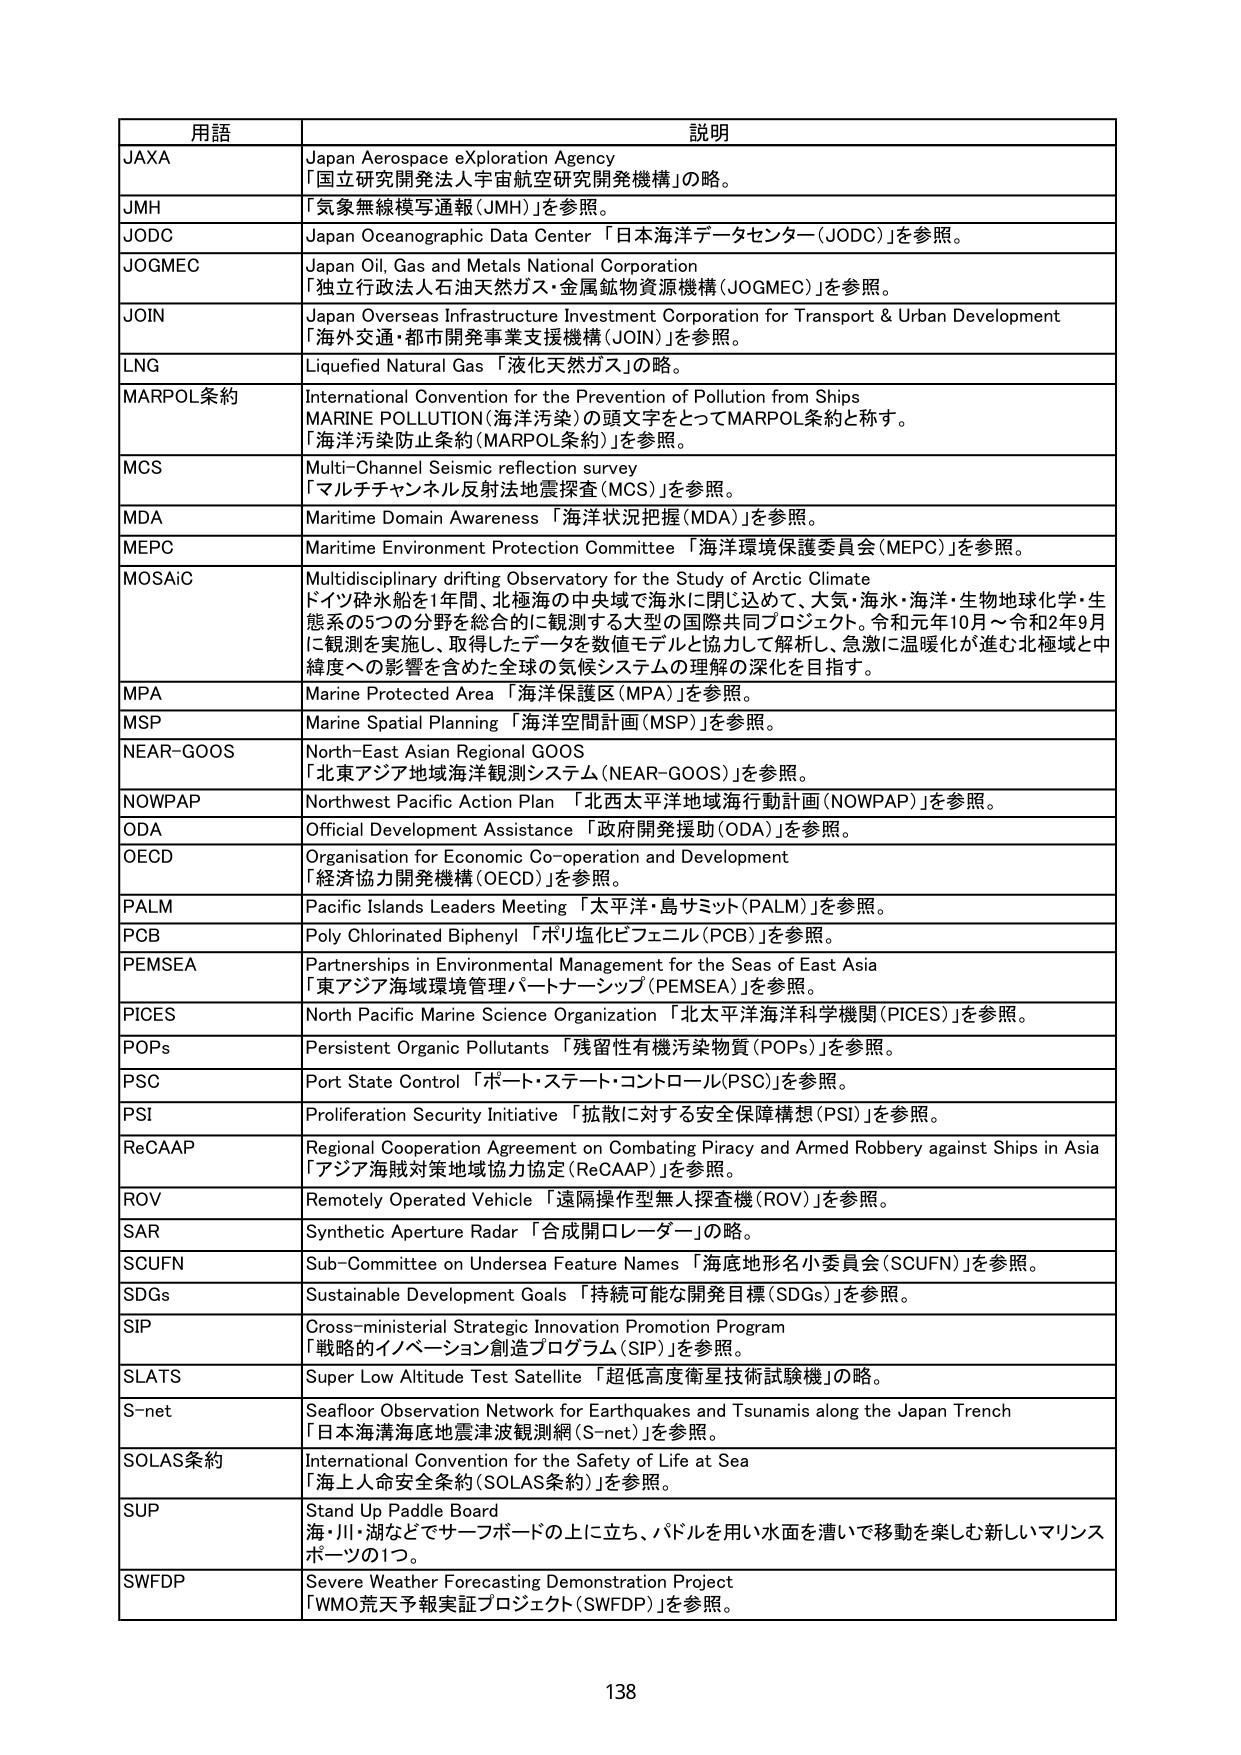
用語 説明
JAXA Japan Aerospace eXploration Agency 「国立研究開発法人宇宙航空研究開発機構」の略。
JMH 「気象無線模写通報（JMH）」を参照。
JODC Japan Oceanographic Data Center 「日本海洋データセンター（JODC）」を参照。
JOGMEC Japan Oil, Gas and Metals National Corporation 「独立行政法人石油天然ガス・金属鉱物資源機構（JOGMEC）」を参照。
JOIN Japan Overseas Infrastructure Investment Corporation for Transport & Urban Development 「海外交通・都市開発事業支援機構（JOIN）」を参照。
LNG Liquefied Natural Gas 「液化天然ガス」の略。
MARPOL条約 International Convention for the Prevention of Pollution from Ships MARINE POLLUTION（海洋汚染）の頭文字をとってMARPOL条約と称す。 「海洋汚染防止条約（MARPOL条約）」を参照。
MCS Multi-Channel Seismic reflection survey 「マルチチャンネル反射法地震探査（MCS）」を参照。
MDA Maritime Domain Awareness 「海洋状況把握（MDA）」を参照。
MEPC Maritime Environment Protection Committee 「海洋環境保護委員会（MEPC）」を参照。
MOSAiC Multidisciplinary drifting Observatory for the Study of Arctic Climate ドイツ砕氷船を1年間、北極海の中央域で海氷に閉じ込め、大気・海水・海洋・生物地球化学・生態系の5つの分野を総合的に観測する大型の国際共同プロジェクト。令和元年10月～令和2年9月に観測を実施し、取得したデータを数値モデルと協力して解析し、急激に温暖化が進む北極域と中緯度への影響を含めた全球の気候システムの理解の深化を目指す。
MPA Marine Protected Area 「海洋保護区（MPA）」を参照。
MSP Marine Spatial Planning 「海洋空間計画（MSP）」を参照。
NEAR-GOOS North-East Asian Regional GOOS 「北東アジア地域海洋観測システム（NEAR-GOOS）」を参照。
NOWPAP Northwest Pacific Action Plan 「北西太平洋地域海行動計画（NOWPAP）」を参照。
ODA Official Development Assistance 「政府開発援助（ODA）」を参照。
OECD Organisation for Economic Co-operation and Development 「経済協力開発機構（OECD）」を参照。
PALM Pacific Islands Leaders Meeting 「太平洋・島サミット（PALM）」を参照。
POB Poly Chlorinated Biphenyl 「ポリ塩化ビフェニル（POB）」を参照。
PEMSEA Partnerships in Environmental Management for the Seas of East Asia 「東アジア海域環境管理パートナーシップ（PEMSEA）」を参照。
PICES North Pacific Marine Science Organization 「北太平洋海洋科学機関（PICES）」を参照。
POPs Persistent Organic Pollutants 「残留性有機汚染物質（POPs）」を参照。
PSC Port State Control 「ポート・ステート・コントロール（PSC）」を参照。
PSI Proliferation Security Initiative 「拡散に対する安全保障構想（PSI）」を参照。
ReCAAP Regional Cooperation Agreement on Combating Piracy and Armed Robbery against Ships in Asia 「アジア海賊対策地域協力協定（ReCAAP）」を参照。
ROV Remotely Operated Vehicle 「遠隔操作型無人探査機（ROV）」を参照。
SAR Synthetic Aperture Radar 「合成開口レーダー」の略。
SCUFN Sub-Committee on Undersea Feature Names 「海底地形名小委員会（SCUFN）」を参照。
SDGs Sustainable Development Goals 「持続可能な開発目標（SDGs）」を参照。
SIP Cross-ministerial Strategic Innovation Promotion Program 「戦略的イノベーション創造プログラム（SIP）」を参照。
SLATS Super Low Altitude Test Satellite 「超低高度衛星技術試験機」の略。
S-net Seafloor Observation Network for Earthquakes and Tsunamis along the Japan Trench 「日本海溝海底地震津波観測網（S-net）」を参照。
SOLAS条約 International Convention for the Safety of Life at Sea 「海上人命安全条約（SOLAS条約）」を参照。
SUP Stand Up Paddle Board 海・川・湖などでサーフボードの上に立ち、パドルを用い水面を漕いで移動を楽しむ新しいマリンスポーツの1つ。
SWFDP Severe Weather Forecasting Demonstration Project 「WMO荒天予報実証プロジェクト（SWFDP）」を参照。
138